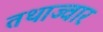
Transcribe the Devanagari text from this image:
तथाज्वार